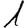
Digit: 1